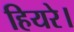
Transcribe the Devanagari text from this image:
हियरे।